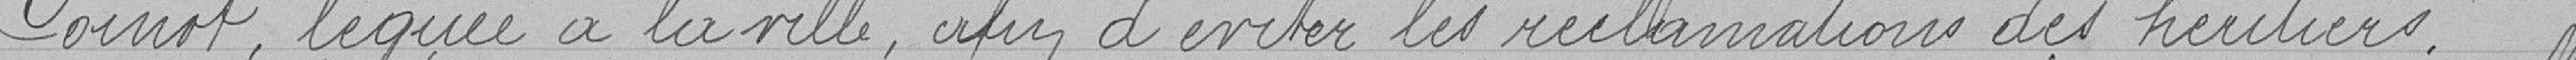
Coinot, léguée à la ville, afin d'éviter les réclamations des héritiers.